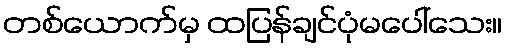
တစ်ယောက်မှ ထပြန်ချင်ပုံမပေါ်သေး။